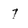
Character: 7